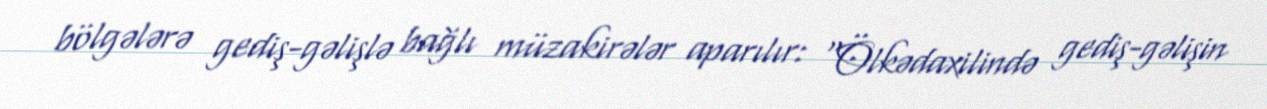
bölgələrə gediş-gəlişlə bağlı müzakirələr aparılır: "Ölkədaxilində gediş-gəlişin